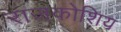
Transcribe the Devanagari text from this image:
राजकोशिय